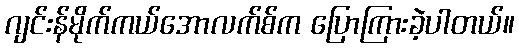
ဂျင်းန်မိုက်ကယ်အောလက်စ်က ပြောကြားခဲ့ပါတယ်။